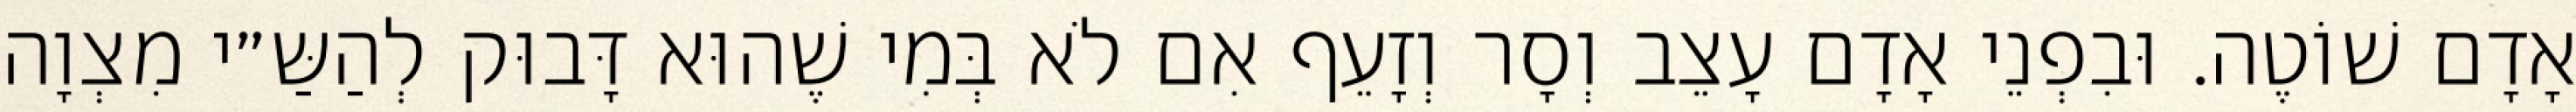
אָדָם שׁוֹטֶה. וּבִפְנֵי אָדָם עָצֵב וְסָר וְזָעֵף אִם לֹא בְּמִי שֶׁהוּא דָּבוּק לְהַשַּ״י מִצְוָה